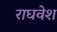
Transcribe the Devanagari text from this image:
राघवेश